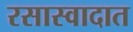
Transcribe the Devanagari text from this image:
रसास्वादात